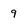
Character: 9